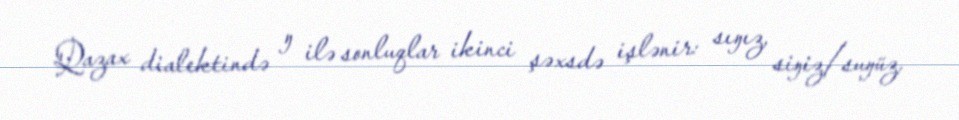
Qazax dialektində ŋ ilə sonluqlar ikinci şəxsdə işlənir: sıŋız, siŋiz/suŋüz,